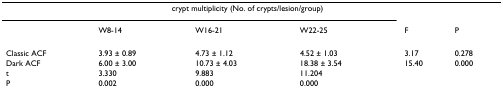
<table><thead><tr><td></td><td colspan="3"><b>crypt multiplicity (No. of crypts/lesion/group)</b></td><td></td><td></td></tr><tr><td></td><td><b>W8-14</b></td><td><b>W16-21</b></td><td><b>W22-25</b></td><td><b>F</b></td><td><b>P</b></td></tr></thead><tbody><tr><td>Classic ACF</td><td>3.93 ± 0.89</td><td>4.73 ± 1.12</td><td>4.52 ± 1.03</td><td>3.17</td><td>0.278</td></tr><tr><td>Dark ACF</td><td>6.00 ± 3.00</td><td>10.73 ± 4.03</td><td>18.38 ± 3.54</td><td>15.40</td><td>0.000</td></tr><tr><td>t</td><td>3.330</td><td>9.883</td><td>11.204</td><td></td><td></td></tr><tr><td>P</td><td>0.002</td><td>0.000</td><td>0.000</td><td></td><td></td></tr></tbody></table>